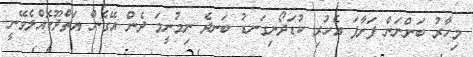
މިހާރު ބަންނަން ފަށާފަ އެހުރި ކުޑަދޯނިގަނޑު ބަނދެ ނިމުނީމަ ދެން އޭގެން އަތްދޫކޮއްލެވޭނީ.